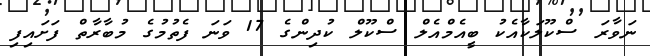
ނަވާރަ ސްކޫލަކާއެކު ބީއެމްއެލް ސްކޫލް ކުދިންގެ 17 ވަނަ ފެތުމުގެ މުބާރާތް ފަށައިފި